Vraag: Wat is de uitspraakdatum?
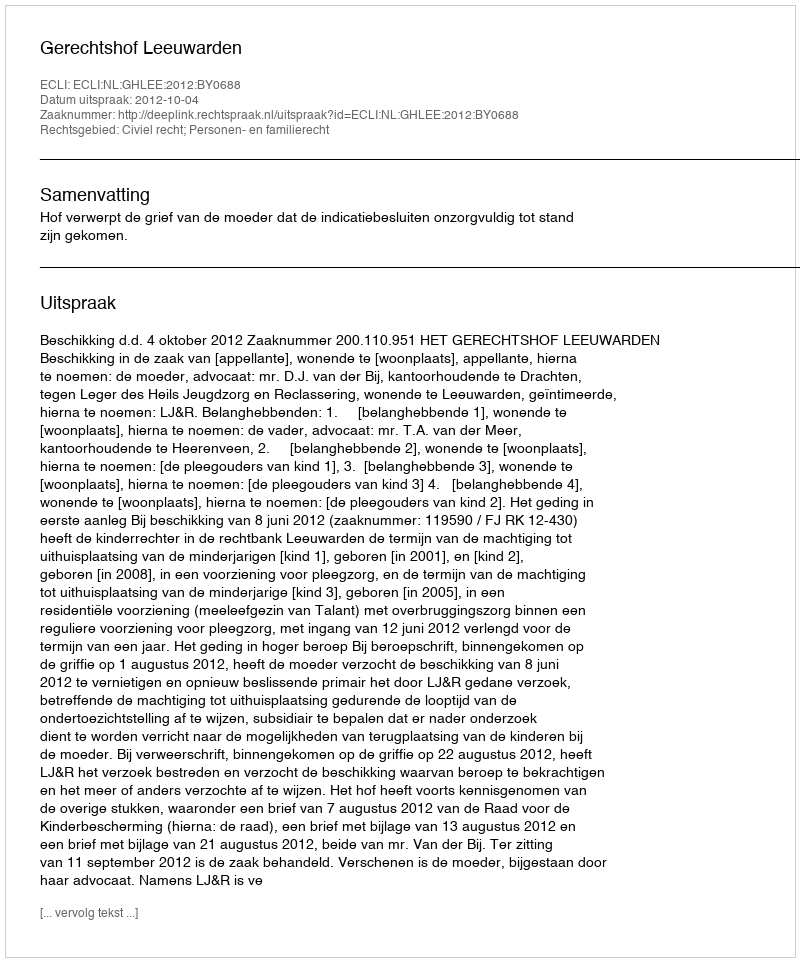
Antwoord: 2012-10-04